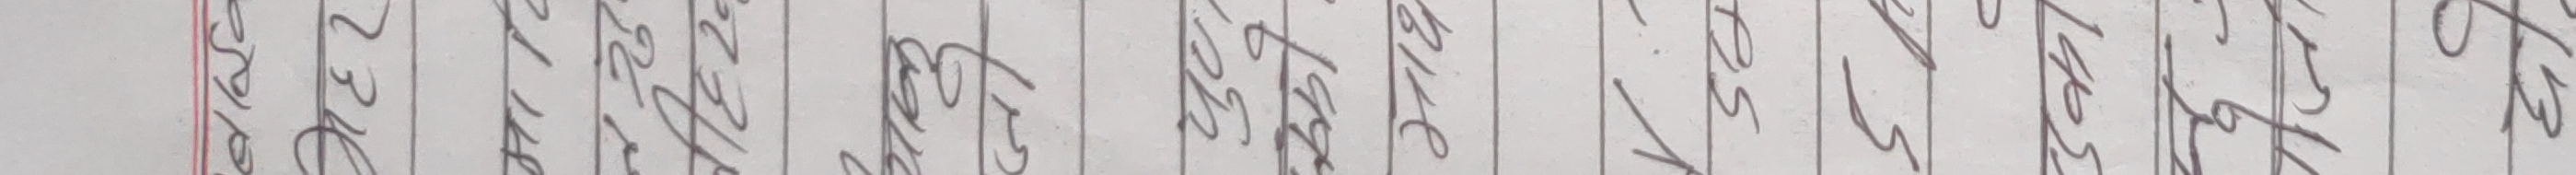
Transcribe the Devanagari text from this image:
२०७९ फागुन ५